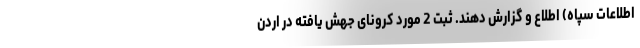
اطلاعات سپاه) اطلاع و گزارش دهند. ثبت 2 مورد کرونای جهش یافته در اردن